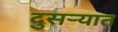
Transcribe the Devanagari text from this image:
दुसर्‍यात